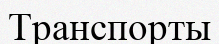
Транспорты